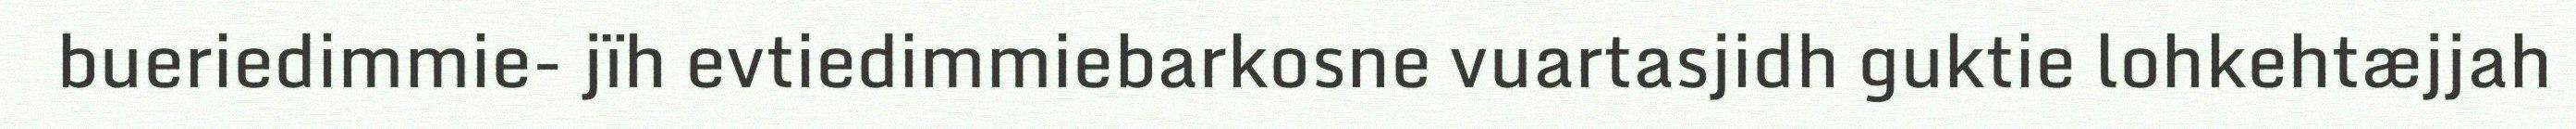
bueriedimmie- jïh evtiedimmiebarkosne vuartasjidh guktie lohkehtæjjah